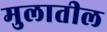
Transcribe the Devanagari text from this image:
मुलातील